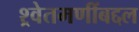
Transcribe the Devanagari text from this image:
श्र्वेतमणींबद्दल